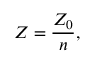
Z = { \frac { Z _ { 0 } } { n } } ,